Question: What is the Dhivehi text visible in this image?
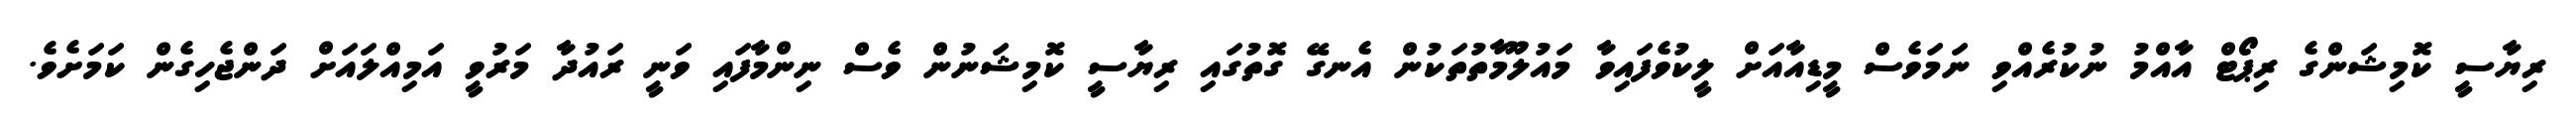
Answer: ރިޔާސީ ކޮމިޝަންގެ ރިޕޯޓް އާއްމު ނުކުރެއްވި ނަމަވެސް މީޑިއާއަށް ލީކުވެފައިވާ މައުލޫމާތުތަކުން އެނގޭ ގޮތުގައި ރިޔާސީ ކޮމިޝަނުން ވެސް ނިންމާފައި ވަނީ ރައުދާ މަރުވީ އަމިއްލައަށް ދަންޖެހިގެން ކަމަށެވެ.